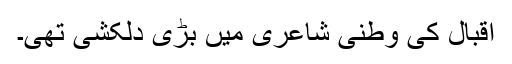
اقبال کی وطنی شاعری میں بڑی دلکشی تھی۔